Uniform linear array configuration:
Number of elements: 12
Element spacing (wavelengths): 0.25
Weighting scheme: exponential
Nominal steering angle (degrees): -30
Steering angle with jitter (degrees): -29.394
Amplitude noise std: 0.05
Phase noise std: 0.05

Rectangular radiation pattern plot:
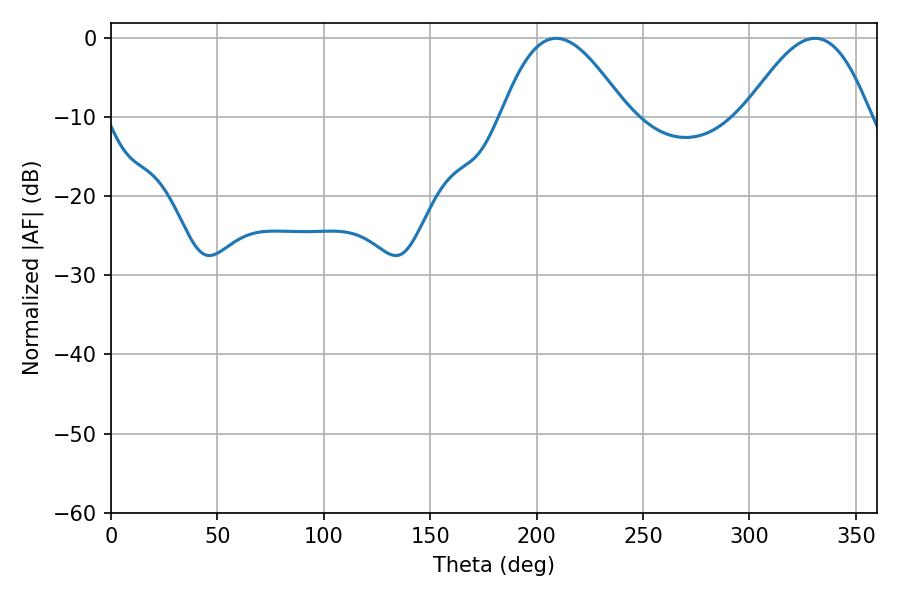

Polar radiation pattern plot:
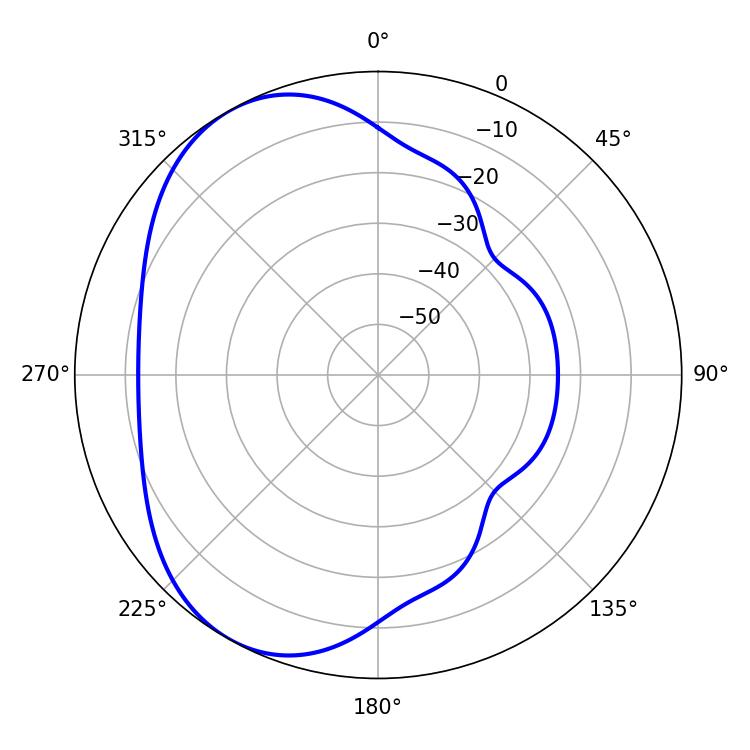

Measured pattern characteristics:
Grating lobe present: FALSE
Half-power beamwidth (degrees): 31.86
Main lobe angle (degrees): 209.16